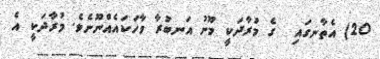
20) އެތާނގައި  ގެ މުރާދަކީ މޫނު އަނބުރާ ވާހަކައެއްނޫނެވެ. މުރާދަކީ އެ